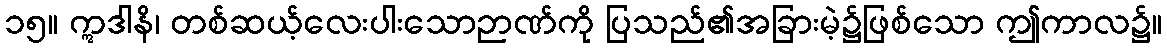
၁၅။ ဣဒါနိ၊ တစ်ဆယ့်လေးပါးသောဉာဏ်ကို ပြသည်၏အခြားမဲ့၌ဖြစ်သော ဤကာလ၌။